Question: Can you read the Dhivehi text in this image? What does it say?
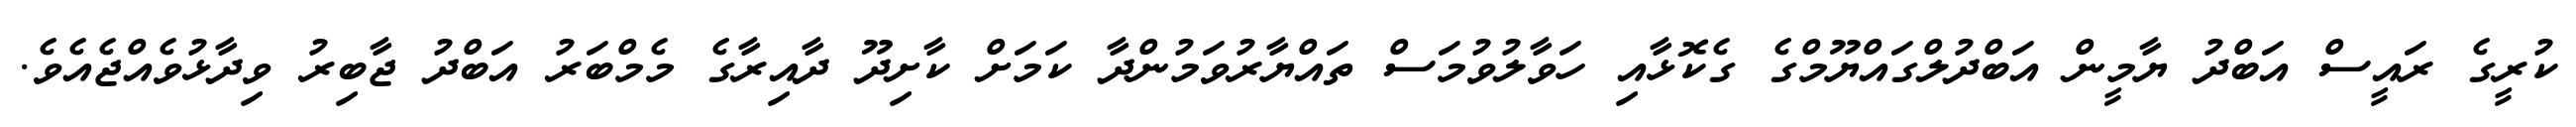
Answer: ކުރީގެ ރައީސް އަބްދު ޔާމީން އަބްދުލްގައްޔޫމްގެ ގެކޮޅާއި ހަވާލުވުމަސް ތައްޔާރުވަމުންދާ ކަމަށް ކާށިދޫ ދާއިރާގެ މެމްބަރު އަބްދު ޖާބިރު ވިދާޅުވެއްޖެއެވެ.